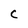
Character: C